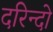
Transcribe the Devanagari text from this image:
दरिन्‍दो